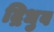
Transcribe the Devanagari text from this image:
द्रिधुव